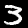
Digit: 3